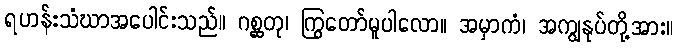
ရဟန်းသံဃာအပေါင်းသည်။ ဂစ္ဆတု၊ ကြွတော်မူပါလော။ အမှာကံ၊ အကျွနုပ်တို့အား။